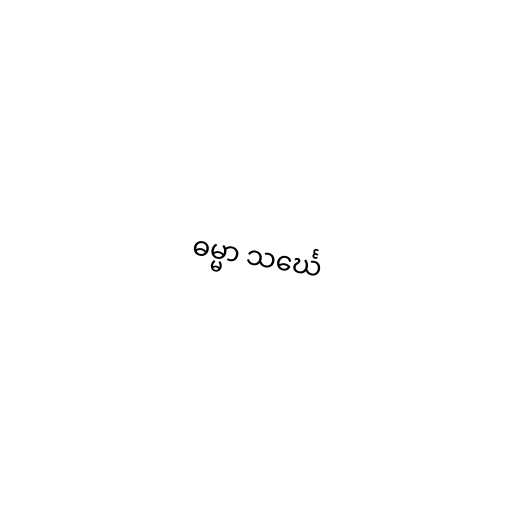
ဓမ္မာ သင်္ဃေ